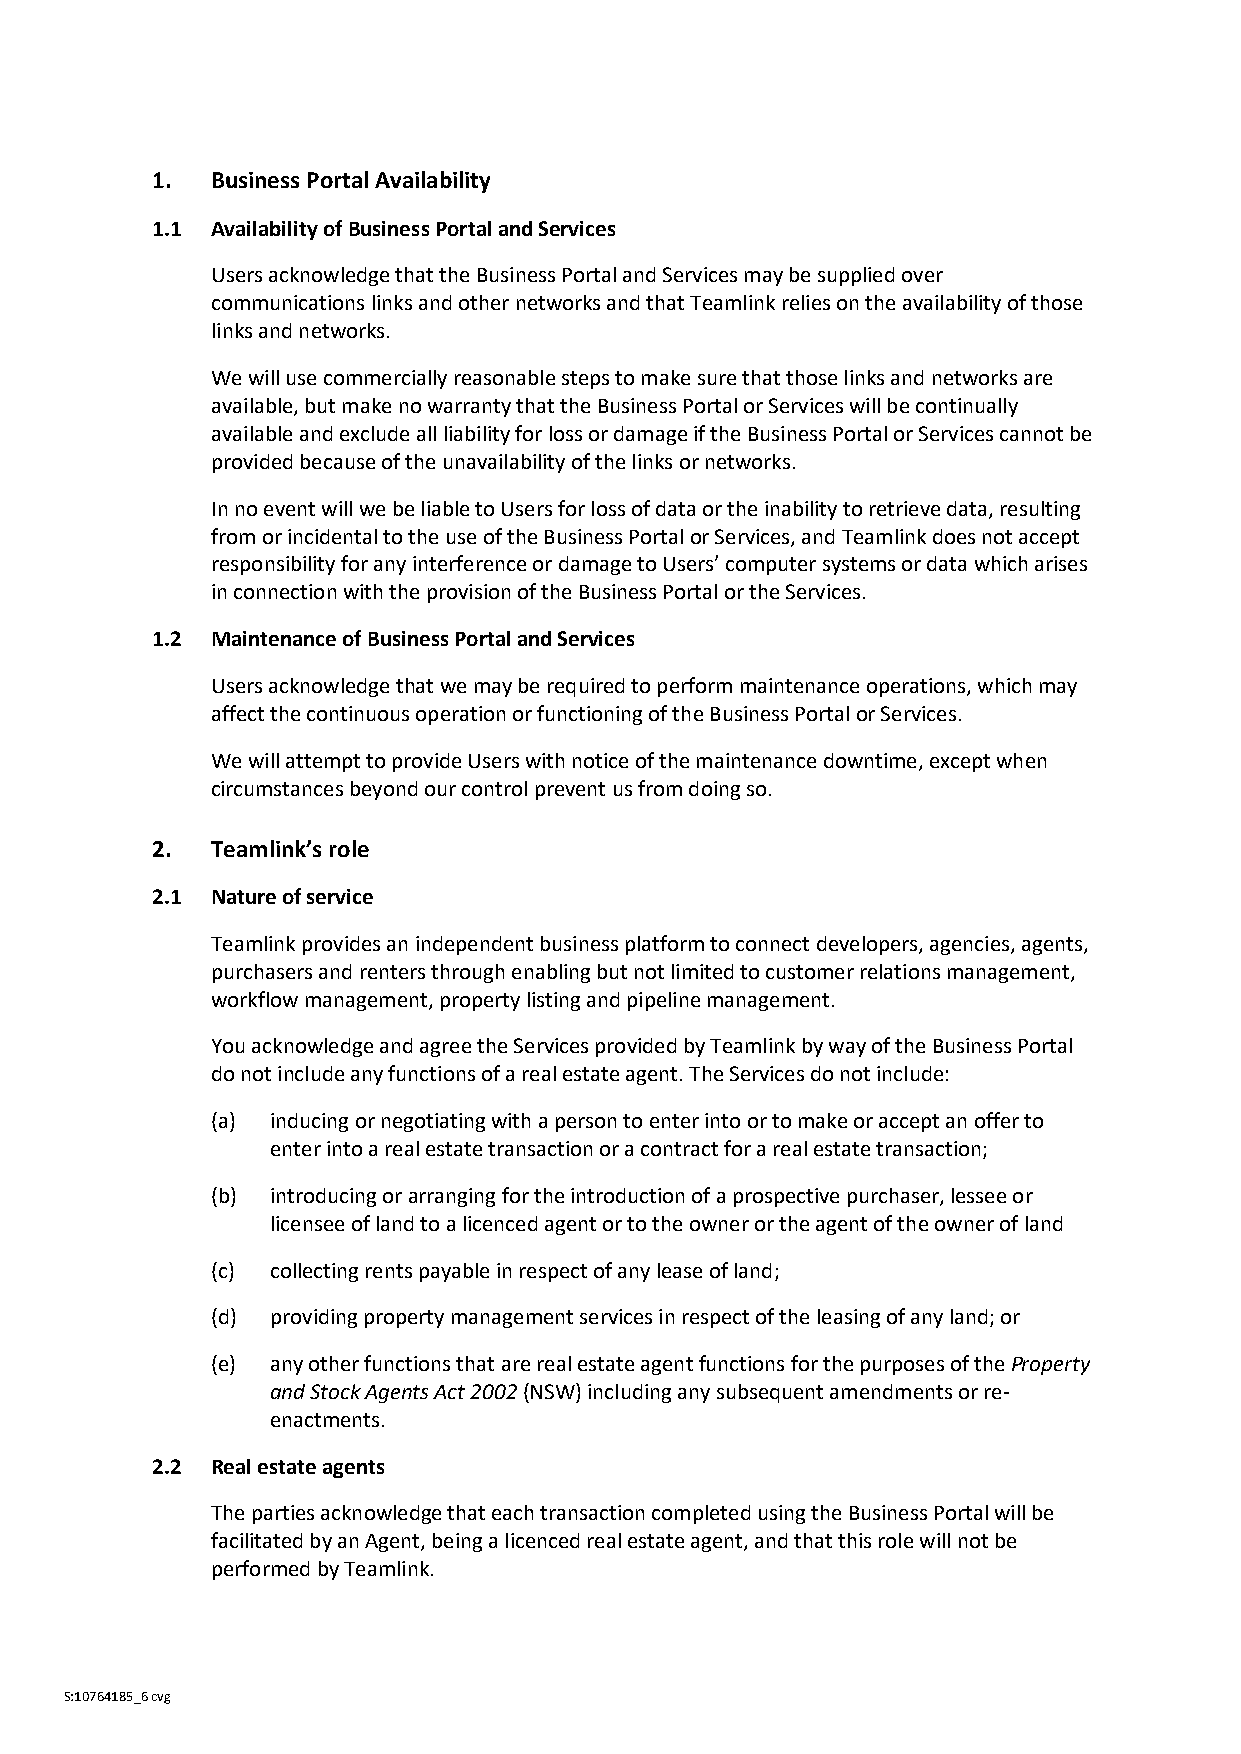
1.  Business Portal Availability
 1.1 Availability of Business Portal and Services
 Users acknowledge that the Business Portal and Services may be supplied over
 communications links and other networks and that Teamlink relies on the availability of those
 links and networks.
 We will use commercially reasonable steps to make sure that those links and networks are
 available, but make no warranty that the Business Portal or Services will be continually
 available and exclude all liability for loss or damage if the Business Portal or Services cannot be
 provided because of the unavailability of the links or networks.
 In no event will we be liable to Users for loss of data or the inability to retrieve data, resulting
 from or incidental to the use of the Business Portal or Services, and Teamlink does not accept
 responsibility for any interference or damage to Users’ computer systems or data which arises
 in connection with the provision of the Business Portal or the Services.
 1.2 Maintenance of Business Portal and Services
 Users acknowledge that we may be required to perform maintenance operations, which may
 affect the continuous operation or functioning of the Business Portal or Services.
 We will attempt to provide Users with notice of the maintenance downtime, except when
 circumstances beyond our control prevent us from doing so.
 2.  Teamlink’s role
 2.1 Nature of service
 Teamlink provides an independent business platform to connect developers, agencies, agents,
 purchasers and renters through enabling but not limited to customer relations management,
 workflow management, property listing and pipeline management.
 You acknowledge and agree the Services provided by Teamlink by way of the Business Portal
 do not include any functions of a real estate agent. The Services do not include:
 (a) inducing or negotiating with a person to enter into or to make or accept an offer to
 enter into a real estate transaction or a contract for a real estate transaction;
 (b) introducing or arranging for the introduction of a prospective purchaser, lessee or
 licensee of land to a licenced agent or to the owner or the agent of the owner of land
 (c) collecting rents payable in respect of any lease of land;
 (d) providing property management services in respect of the leasing of any land; or
 (e) any other functions that are real estate agent functions for the purposes of the Property
 and Stock Agents Act 2002 (NSW) including any subsequent amendments or re-
 enactments.
 2.2 Real estate agents
 The parties acknowledge that each transaction completed using the Business Portal will be
 facilitated by an Agent, being a licenced real estate agent, and that this role will not be
 performed by Teamlink.
 S:10764185_6 cvg